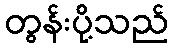
တွန်းပို့သည်